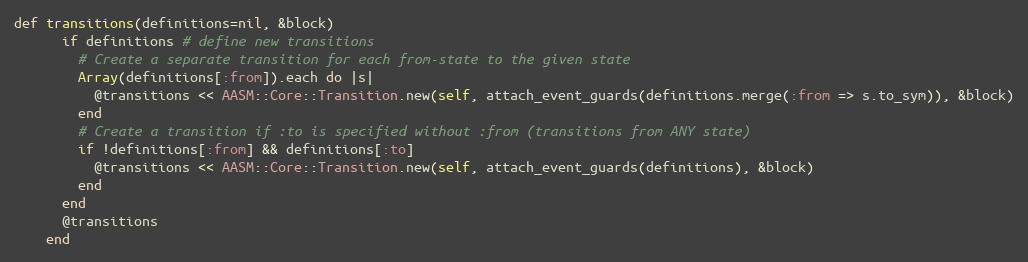
Language: Ruby
def transitions(definitions=nil, &block)
      if definitions # define new transitions
        # Create a separate transition for each from-state to the given state
        Array(definitions[:from]).each do |s|
          @transitions << AASM::Core::Transition.new(self, attach_event_guards(definitions.merge(:from => s.to_sym)), &block)
        end
        # Create a transition if :to is specified without :from (transitions from ANY state)
        if !definitions[:from] && definitions[:to]
          @transitions << AASM::Core::Transition.new(self, attach_event_guards(definitions), &block)
        end
      end
      @transitions
    end